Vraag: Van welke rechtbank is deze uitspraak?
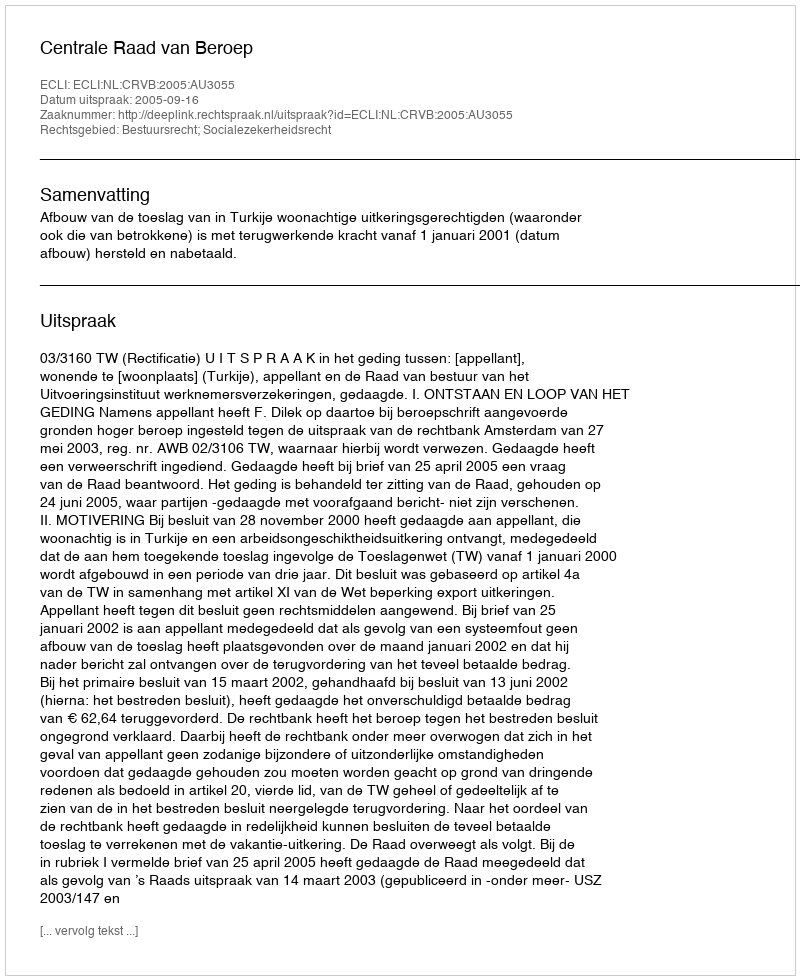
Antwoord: Centrale Raad van Beroep